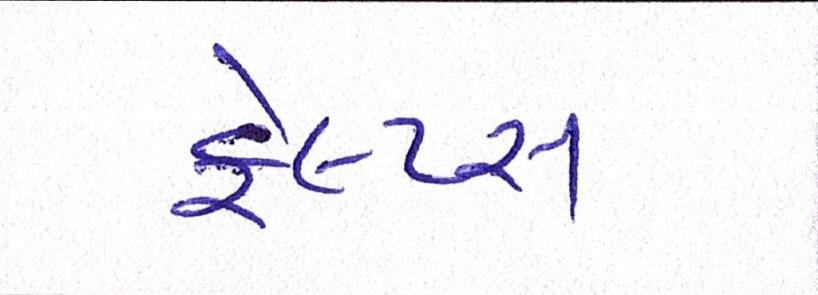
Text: ફેલ્પ્સ